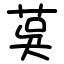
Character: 茣